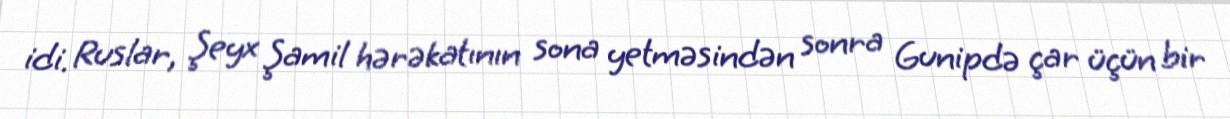
idi. Ruslar, Şeyx Şamil hərəkatının sona yetməsindən sonra Gunipdə çar üçün bir